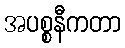
အပစ္စနီကတာ